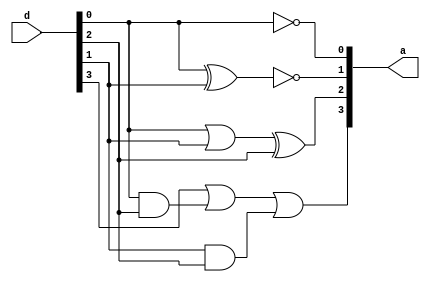
module bcdtoexcess3(a,d);

input [3:0]d;
output [3:0]a;

not nt1(a[0],d[0]);

xnor nr(a[1], d[0],d[1]);

or or1(x1, d[0],d[1]);
xor ar(a[2], x1,d[2]);

and an1(x2,d[0],d[2]);
and an2(x3, d[1],d[2]);
or or2(a[3], d[3],x2,x3);

endmodule